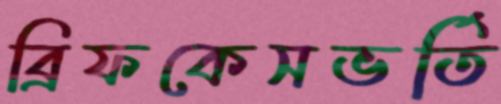
ব্রিফকেসভর্তি